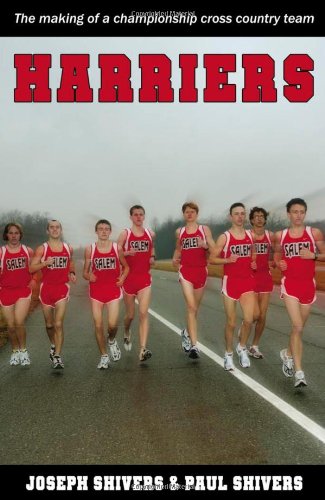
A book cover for Harriers: The Making of a Championship Cross Country Team; Joseph Shivers; Children's Books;